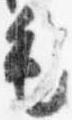
毛